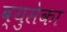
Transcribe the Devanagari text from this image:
ब्युसेका